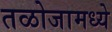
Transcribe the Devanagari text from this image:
तळोजामध्ये